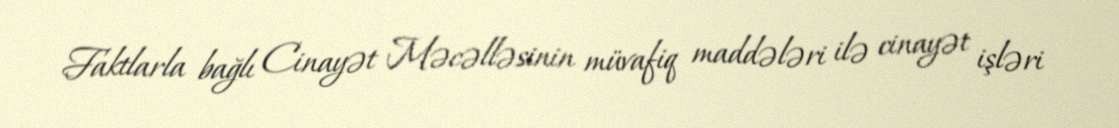
Faktlarla bağlı Cinayət Məcəlləsinin müvafiq maddələri ilə cinayət işləri